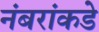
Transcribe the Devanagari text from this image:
नंबरांकडे